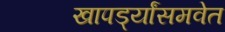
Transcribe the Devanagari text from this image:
खापर्ड्यांसमवेत